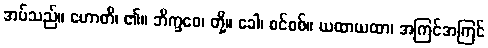
အပ်သည်။ ဟောတိ၊ ၏။ ဘိက္ခဝေ၊ တို့။ ခေါ၊ စင်စစ်။ ယထာယထာ၊ အကြင်အကြင်